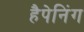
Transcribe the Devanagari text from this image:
हैपेनिंग